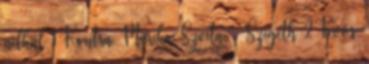
nélkül 1 Kontra Marika Szvita Szigeth 2 Koós